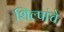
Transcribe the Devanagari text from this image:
शिल्पांचे